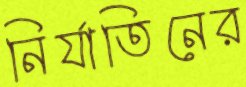
নির্যাতিনের